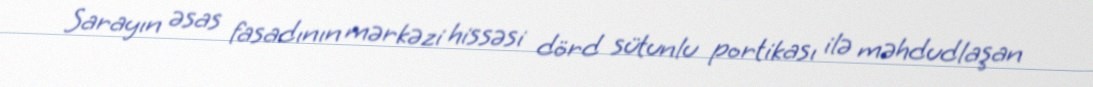
Sarayın əsas fasadının mərkəzi hissəsi dörd sütunlu portikası ilə məhdudlaşan